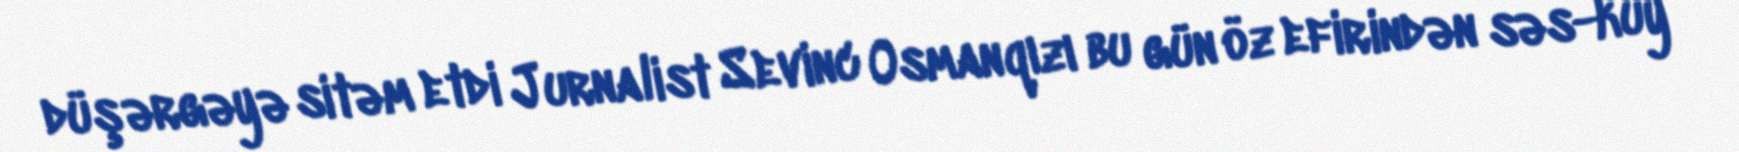
düşərgəyə sitəm etdi Jurnalist Sevinc Osmanqızı bu gün öz efirindən səs-küy